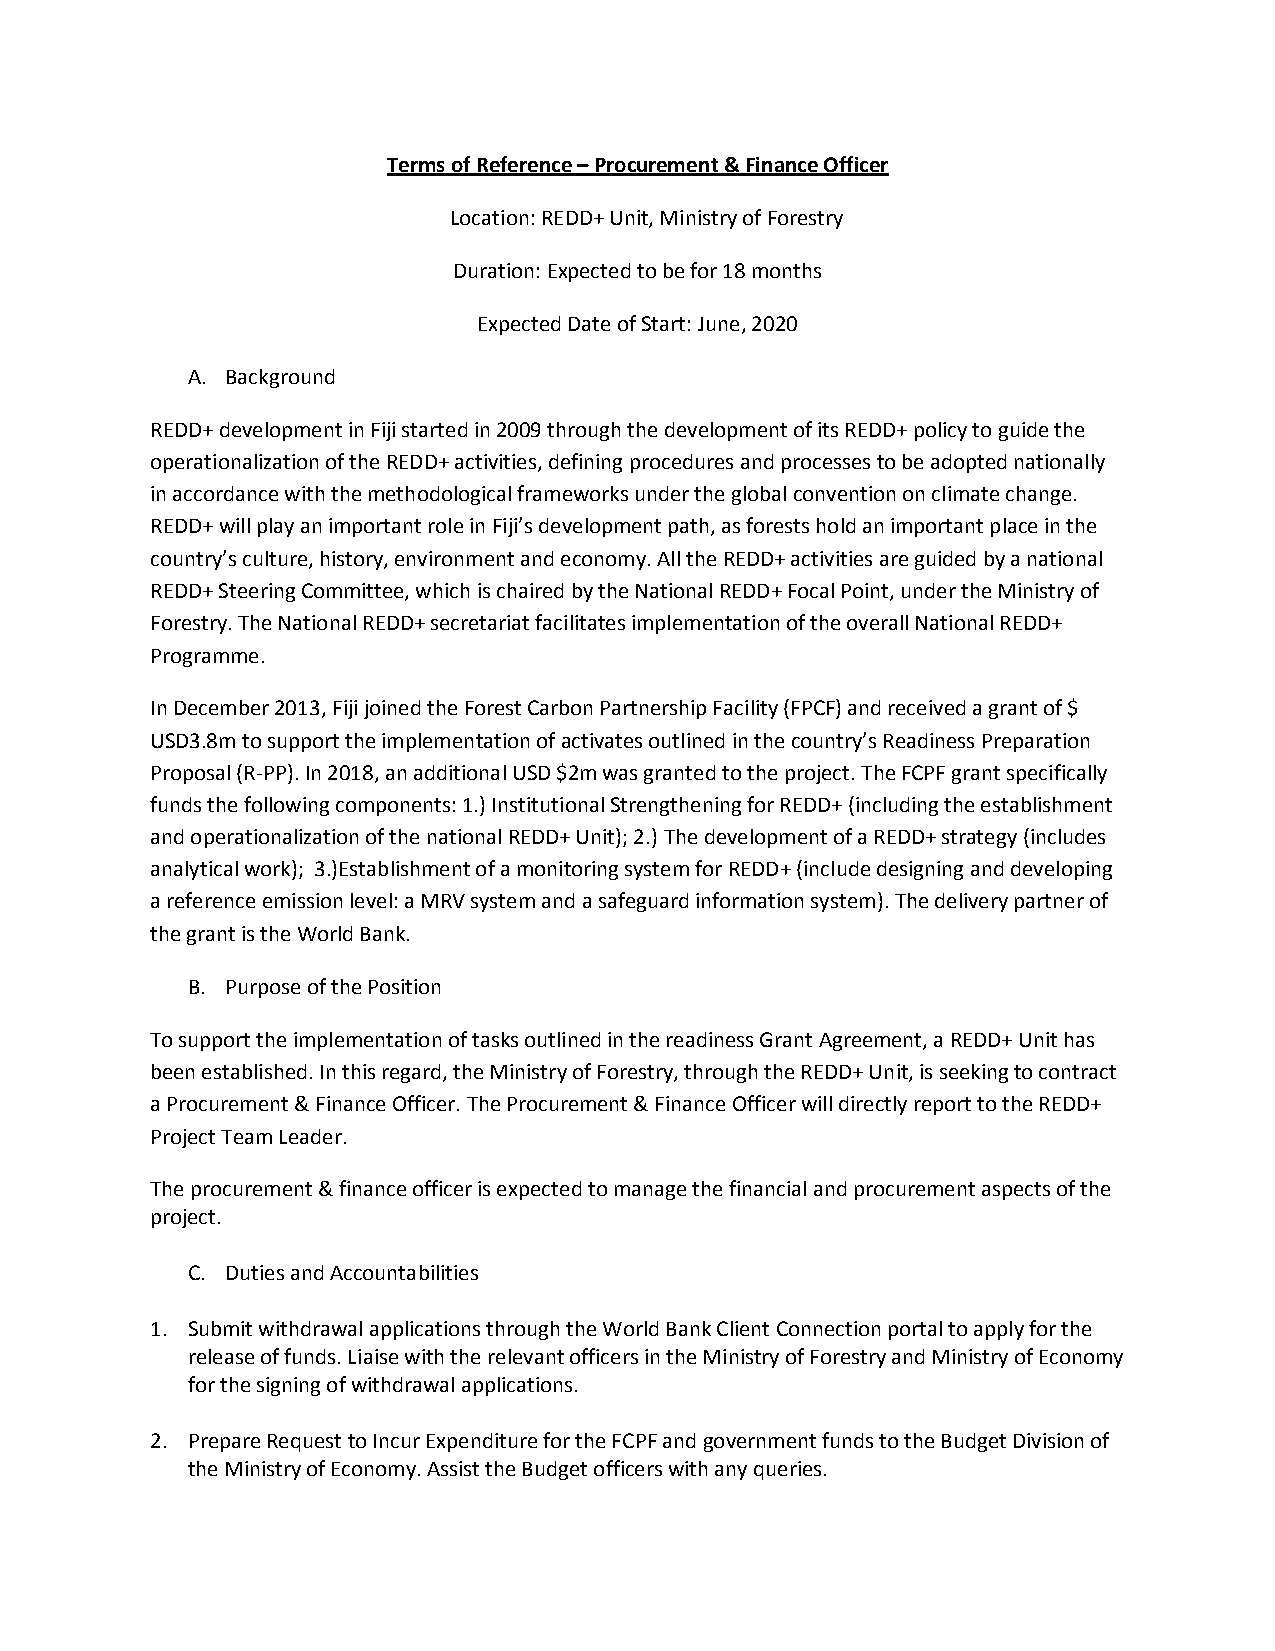
Terms of Reference – Procurement & Finance Officer
 Location: REDD+ Unit, Ministry of Forestry
 Duration: Expected to be for 18 months
 Expected Date of Start: June, 2020
 A. Background
 REDD+ development in Fiji started in 2009 through the development of its REDD+ policy to guide the
 operationalization of the REDD+ activities, defining procedures and processes to be adopted nationally
 in accordance with the methodological frameworks under the global convention on climate change.
 REDD+ will play an important role in Fiji’s development path, as forests hold an important place in the
 country’s culture, history, environment and economy. All the REDD+ activities are guided by a national
 REDD+ Steering Committee, which is chaired by the National REDD+ Focal Point, under the Ministry of
 Forestry. The National REDD+ secretariat facilitates implementation of the overall National REDD+
 Programme.
 In December 2013, Fiji joined the Forest Carbon Partnership Facility (FPCF) and received a grant of $
 USD3.8m to support the implementation of activates outlined in the country’s Readiness Preparation
 Proposal (R-PP). In 2018, an additional USD $2m was granted to the project. The FCPF grant specifically
 funds the following components: 1.) Institutional Strengthening for REDD+ (including the establishment
 and operationalization of the national REDD+ Unit); 2.) The development of a REDD+ strategy (includes
 analytical work); 3.)Establishment of a monitoring system for REDD+ (include designing and developing
 a reference emission level: a MRV system and a safeguard information system). The delivery partner of
 the grant is the World Bank.
 B. Purpose of the Position
 To support the implementation of tasks outlined in the readiness Grant Agreement, a REDD+ Unit has
 been established. In this regard, the Ministry of Forestry, through the REDD+ Unit, is seeking to contract
 a Procurement & Finance Officer. The Procurement & Finance Officer will directly report to the REDD+
 Project Team Leader.
 The procurement & finance officer is expected to manage the financial and procurement aspects of the
 project.
 C. Duties and Accountabilities
 1. Submit withdrawal applications through the World Bank Client Connection portal to apply for the
 release of funds. Liaise with the relevant officers in the Ministry of Forestry and Ministry of Economy
 for the signing of withdrawal applications.
 2. Prepare Request to Incur Expenditure for the FCPF and government funds to the Budget Division of
 the Ministry of Economy. Assist the Budget officers with any queries.